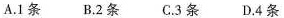
A.1条 B.2条 C.3条 D.4条